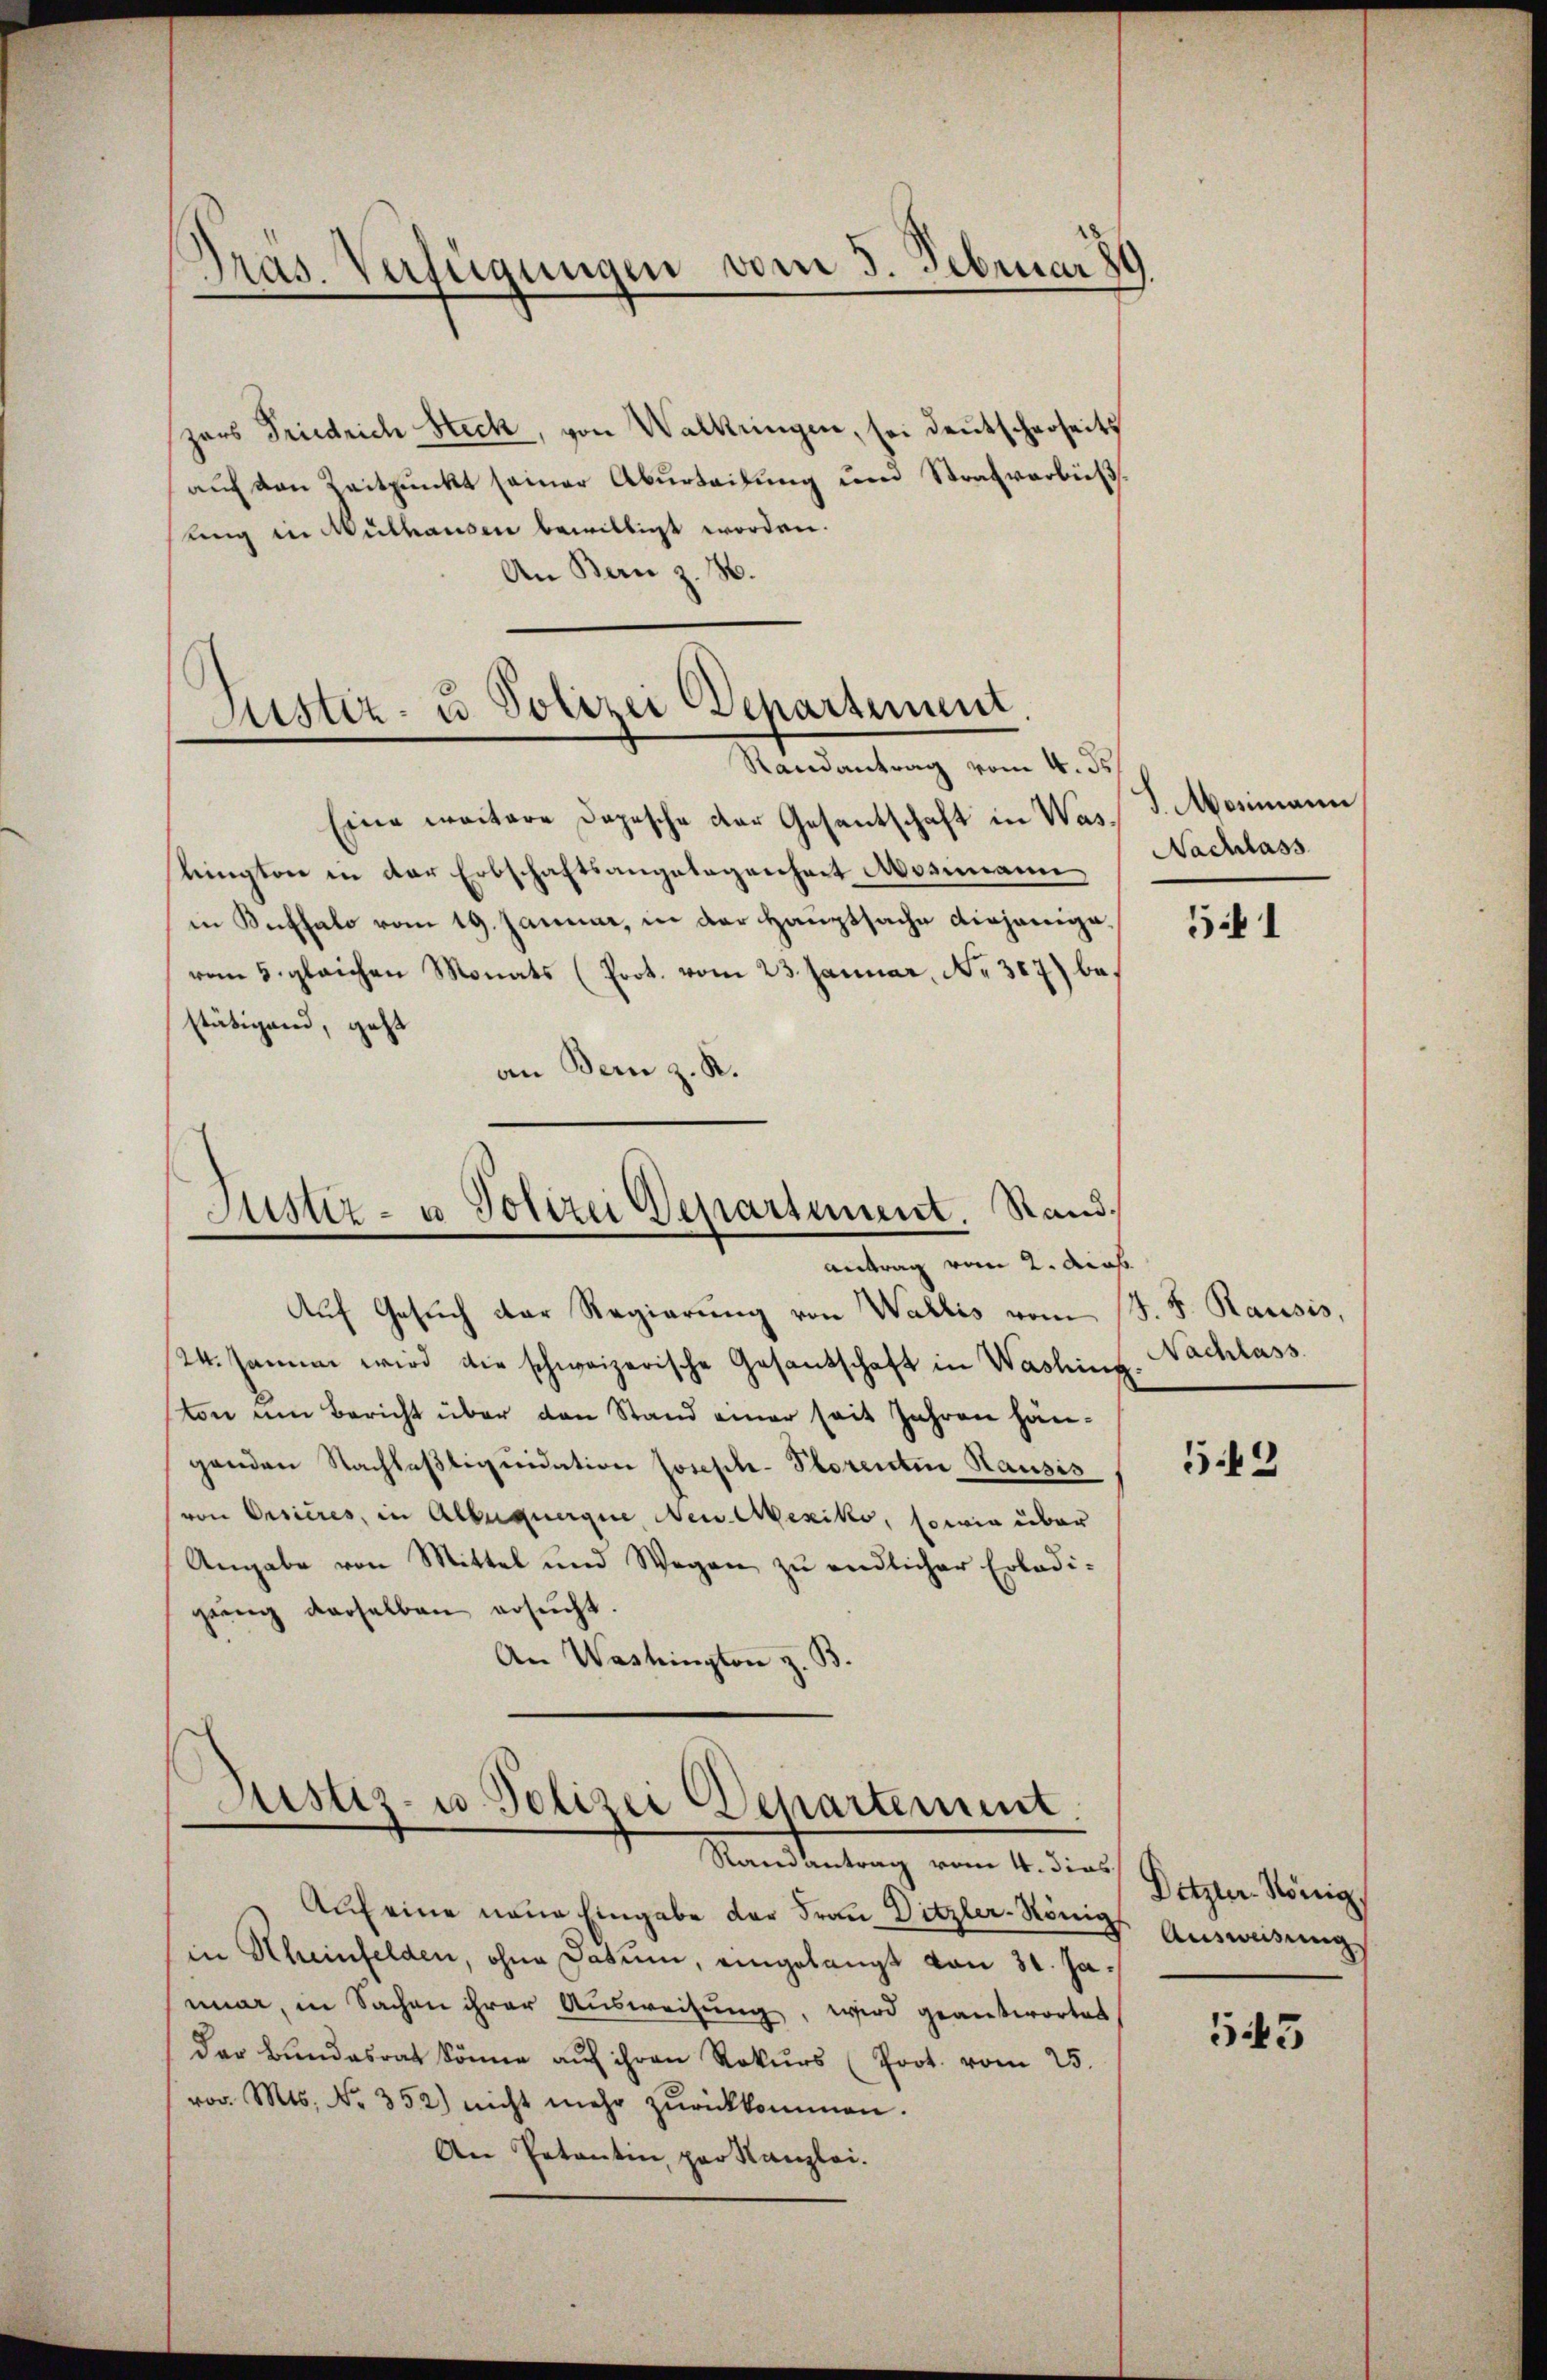
Pras. Verfügungen vom 3. Februar 89

zers Friedrich Steck, von Walkringen, sei deutscherseits
auf den Reitpunkt seiner Aburteifung und Strafverbuß
ling in Mülhausen bewilligt worden.
An Bern z. B.

Eine weitere Depesche der Gesantschaft in Was d. Mosimann
lington in der Erbschaftsangelegenheit Aosimann,
in Kathal vom 19. Januar, in der Hauptsache diejenige,
vom 5. gleichen Monats (Prot. vom 23. Januar, No 387) bestätigend, geht
an Bern z. R.

Justiz- u. Polizei Departement.
Randantrag vom 4. ds

Justiz- u Polizei Departement. Sandantrag vom 2. Acad.

Auf Gesuch der Regierung von Wallis vom 13. J. Rausis,
24. Januar wird die schweizerische Gesandschaft in Washing. Nachlass.
ton um Bericht über den Stand einer seit Jahren hängenden Nachlastiquidation Josephe-Plorenten Hausis
von Oesières, in Alberquergue, Neu Mexiko, sowie über
Angabe von Mittel und Wegen zŭ endlicher Erledi-
gŭng derselben ersŭcht.
An Washington z. B.

Justiz- u Polizei Departement
Manteilung vom 1. dies

Auf eine neue Eingabe der Frau Ditzler-Königs
in Rheinfelden, ohne Datum, eingelangt von 31. Januar, in Sachen ihrer Ausweisung, wird geantwortet
der Bundesrat könne aŭf ihren Rekurs (Prot. vom 25.
vor. Mts. Nr. 352) nicht mehr zŭrückkommen.
An Petentin, par Kanzlei.

Nachlass

51

549

Detzler König
Ausweisung

545